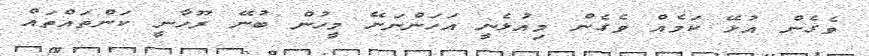
ވެގެން އުޅޭ ކަމެއް ވެގެން މިއުޅެނީ އަހަންނަށޭ މީހުން ބުނޭ ރޫހާނީ ކަންތައްތައް